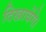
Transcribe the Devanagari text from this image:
दिखायेंगे।